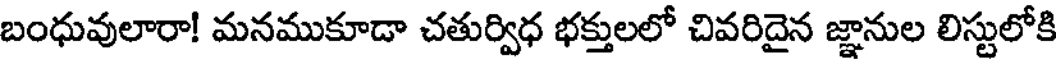
బంధువులారా! మనముకూడా చతుర్విధ భక్తులలో చివరిదైన జ్ఞానుల లిస్టులోకి